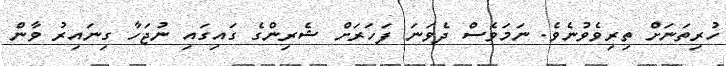
ހުރިތަނަށް ތިރިވެވުނެވެ. ނަމަވެސް ދެވަނަ ފަހަރަށް ޝެރިންގެ ގައިގައި ނުޖަހާ ގިނައިރު ވާން